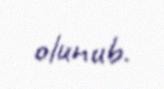
olunub.